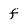
Character: f